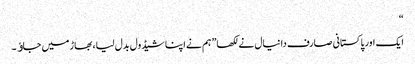
“
ایک اور پاکستانی صارف دانیال نے لکھا” ہم نے اپنا شیڈول بدل لیا، بھاڑ میں جاﺅ۔